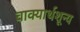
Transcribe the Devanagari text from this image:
वाक्यार्थशून्य